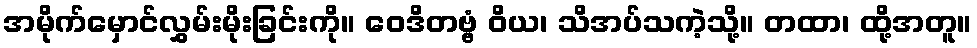
အမိုက်မှောင်လွှမ်းမိုးခြင်းကို။ ဝေဒိတဗ္ဗံ ဝိယ၊ သိအပ်သကဲ့သို့။ တထာ၊ ထို့အတူ။